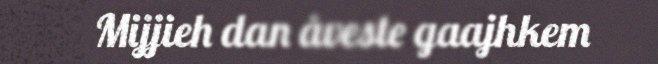
Mijjieh dan åveste gaajhkem